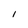
Character: I